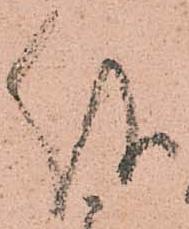
儀